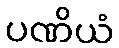
ပဏိယံ